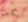
بكين